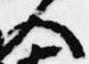
人